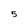
Character: 5